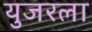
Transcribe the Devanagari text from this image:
युजरला